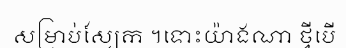
សម្រាប់ស្បែក ។ទោះយ៉ាងណា ថ្វីបើ